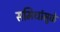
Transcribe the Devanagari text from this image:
समिधांमुळे